Indian journal of veterinary science and animal husbandry - Volumes 18-21, 1948-1951
Year: 1948
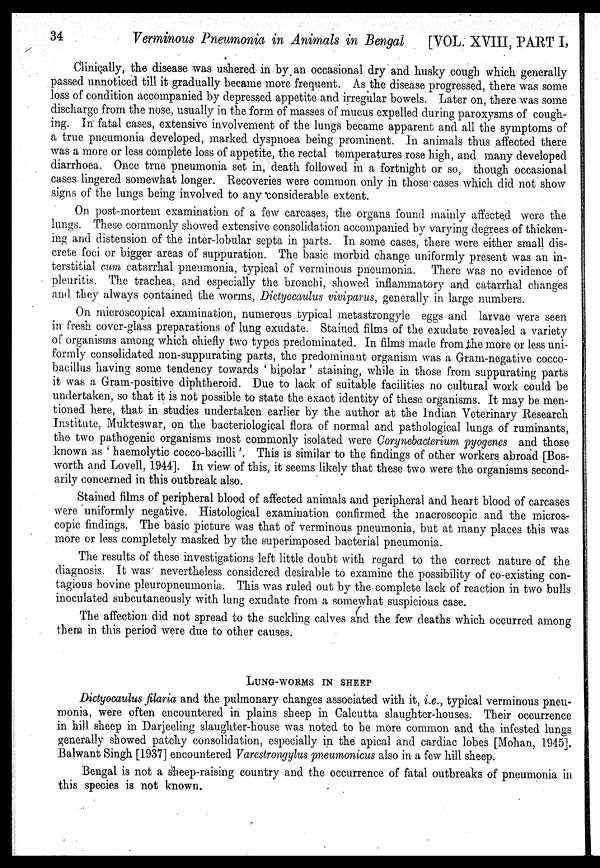
34
Verminous Pneumonia in Animals in Bengal [VOL. XVIII, PART I,
Clinically, the disease was ushered in by an occasional dry and husky cough which generally
passed unnoticed till it gradually became more frequent. As the disease progressed, there was some
loss of condition accompanied by depressed appetite and irregular bowels. Later on, there was some
discharge from the nose, usually in the form of masses of mucus expelled during paroxysms of cough-
ing. In fatal cases, extensive involvement of the lungs became apparent and all the symptoms of
a true pneumonia developed, marked dyspnoea being prominent. In animals thus affected there
was a more or less complete loss of appetite, the rectal temperatures rose high, and many developed
diarrhoea. Once true pneumonia set in, death followed in a fortnight or so, though occasional
cases lingered somewhat longer. Recoveries were common only in those cases which did not show
signs of the lungs being involved to any 'considerable extent.
On post-mortem examination of a few carcases, the organs found mainly affected were the
gs. These commonly showed extensive consolidation accompanied by varying degrees of thicken-
and distension of the inter-lobular septa in parts. In some cases, there were either small dis-
e foci or bigger areas of suppuration. The basic morbid change uniformly present was an in-
titial cum catarrhal pneumonia, typical of verminous pneumonia. There was no evidence of
iritis. The trachea, and especially the bronchi, showed inflammatory and catarrhal changes
they always contained the worms, Dictyocaulus viviparus, generally in large numbers.
On microscopical examination, numerous typical metastrongyle eggs and larvae were seen
in fresh cover-glass preparations of lung exudate. Stained films of the exudate revealed a variety
of organisms among which chiefly two types predominated. In films made from the more or less uni-
formly consolidated non-suppurating parts, the predominant organism was a Gram-negative cocco-
bacillus having some tendency towards ' bipolar ' staining, while in those from suppurating parts
it was a Gram-positive diphtheroid. Due to lack of suitable facilities no cultural work could be
undertaken, so that it is not possible to state the exact identity of these organisms. It may be men-
tioned here, that in studies undertaken earlier by the author at the Indian Veterinary Research
Institute, Mukteswar, on the bacteriological flora of normal and pathological lungs of ruminants,
the two pathogenic organisms most commonly isolated were Corynebacterium pyogenes and those
known as ' haemolytic cocco-bacilli '. This is similar to the findings of other workers abroad [Bos-
worth and Lovell, 1944]. In view of this, it seems likely that these two were the organisms second-
arily concerned in this outbreak also.
Stained films of peripheral blood of affected animals and peripheral and heart blood of carcases
were uniformly negative. Histological examination confirmed the macroscopic and the micros-
copic findings. The basic picture was that of verminous pneumonia, but at many places this was
more or less completely masked by the superimposed bacterial pneumonia.
The results of these investigations left little doubt with regard to the correct nature of the
diagnosis. It was nevertheless considered desirable to examine the possibility of co-existing con-
tagious bovine pleuropneumonia. This was ruled out by the complete lack of reaction in two bulls
inoculated subcutaneously with lung exudate from a somewhat suspicious case.
The affection did not spread to the suckling calves and the few deaths which occurred among
them in this period were due to other causes.
LUNG-WORMS IN SHEEP
Dictyocaulus filaria and the pulmonary changes associated with it, i.e., typical verminous pneu-
monia, were often encountered in plains sheep in Calcutta slaughter-houses. Their occurrence
in hill sheep in Darjeeling slaughter-house was noted to be more common and the infested lungs
generally showed patchy consolidation, especially in the apical and cardiac lobes [Mohan, 1945].
Balwant Singh [1937] encountered Varestrongylus pneumonicus also in a few hill sheep.
Bengal is not a sheep-raising country and the occurrence of fatal outbreaks of pneumonia in
this species is not known.